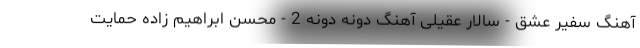
آهنگ سفیر عشق - سالار عقیلی آهنگ دونه دونه 2 - محسن ابراهیم زاده حمایت